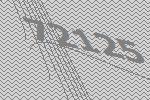
72125